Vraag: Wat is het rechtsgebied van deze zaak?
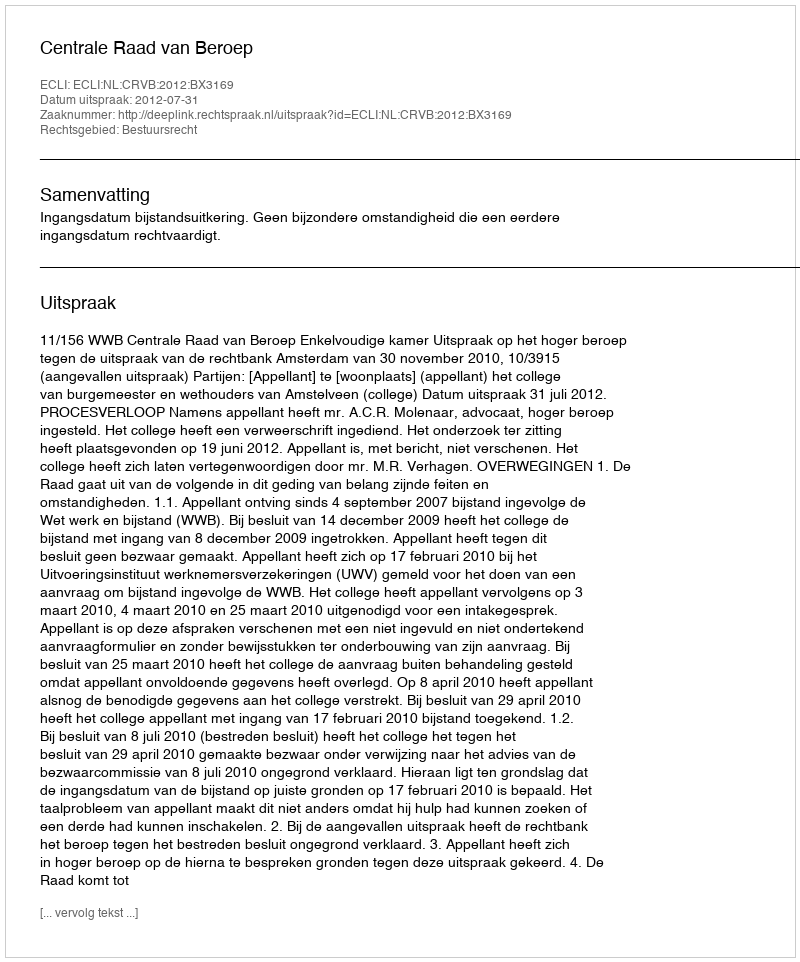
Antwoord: Bestuursrecht